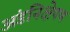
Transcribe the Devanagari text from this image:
अंडनिक्षेपण